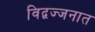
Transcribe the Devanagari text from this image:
विद्वज्जनात